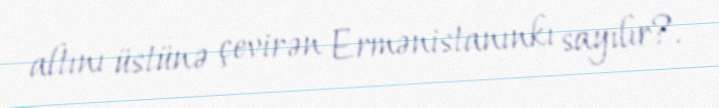
altını üstünə çevirən Ermənistanınkı sayılır?.